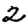
Digit: 2